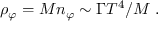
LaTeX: \rho _ { \varphi } = M n _ { \varphi } \sim \Gamma T ^ { 4 } / M \; .